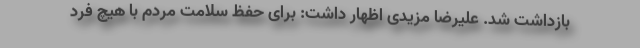
بازداشت شد. علیرضا مزیدی اظهار داشت: برای حفظ سلامت مردم با هیچ فرد